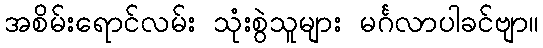
အစိမ်းရောင်လမ်း သုံးစွဲသူများ မင်္ဂလာပါခင်ဗျာ။